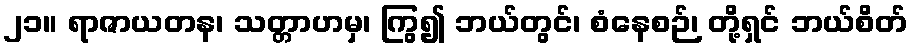
၂၁။ ရာဇာယတန၊ သတ္တာဟမှ၊ ကြွ၍ ဘယ်တွင်၊ စံနေစဉ်၊ တို့ရှင် ဘယ်စိတ်